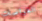
الغواصات